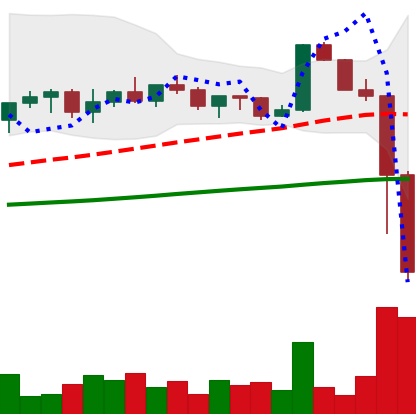
Ticker: XRP-USD
Chart end date: 2022-11-09
Forward return: 12.973%
Label: up_7plus